65_HS1-834228961_62-HQ-83894_Section_6
Agency: FBI
Page 58
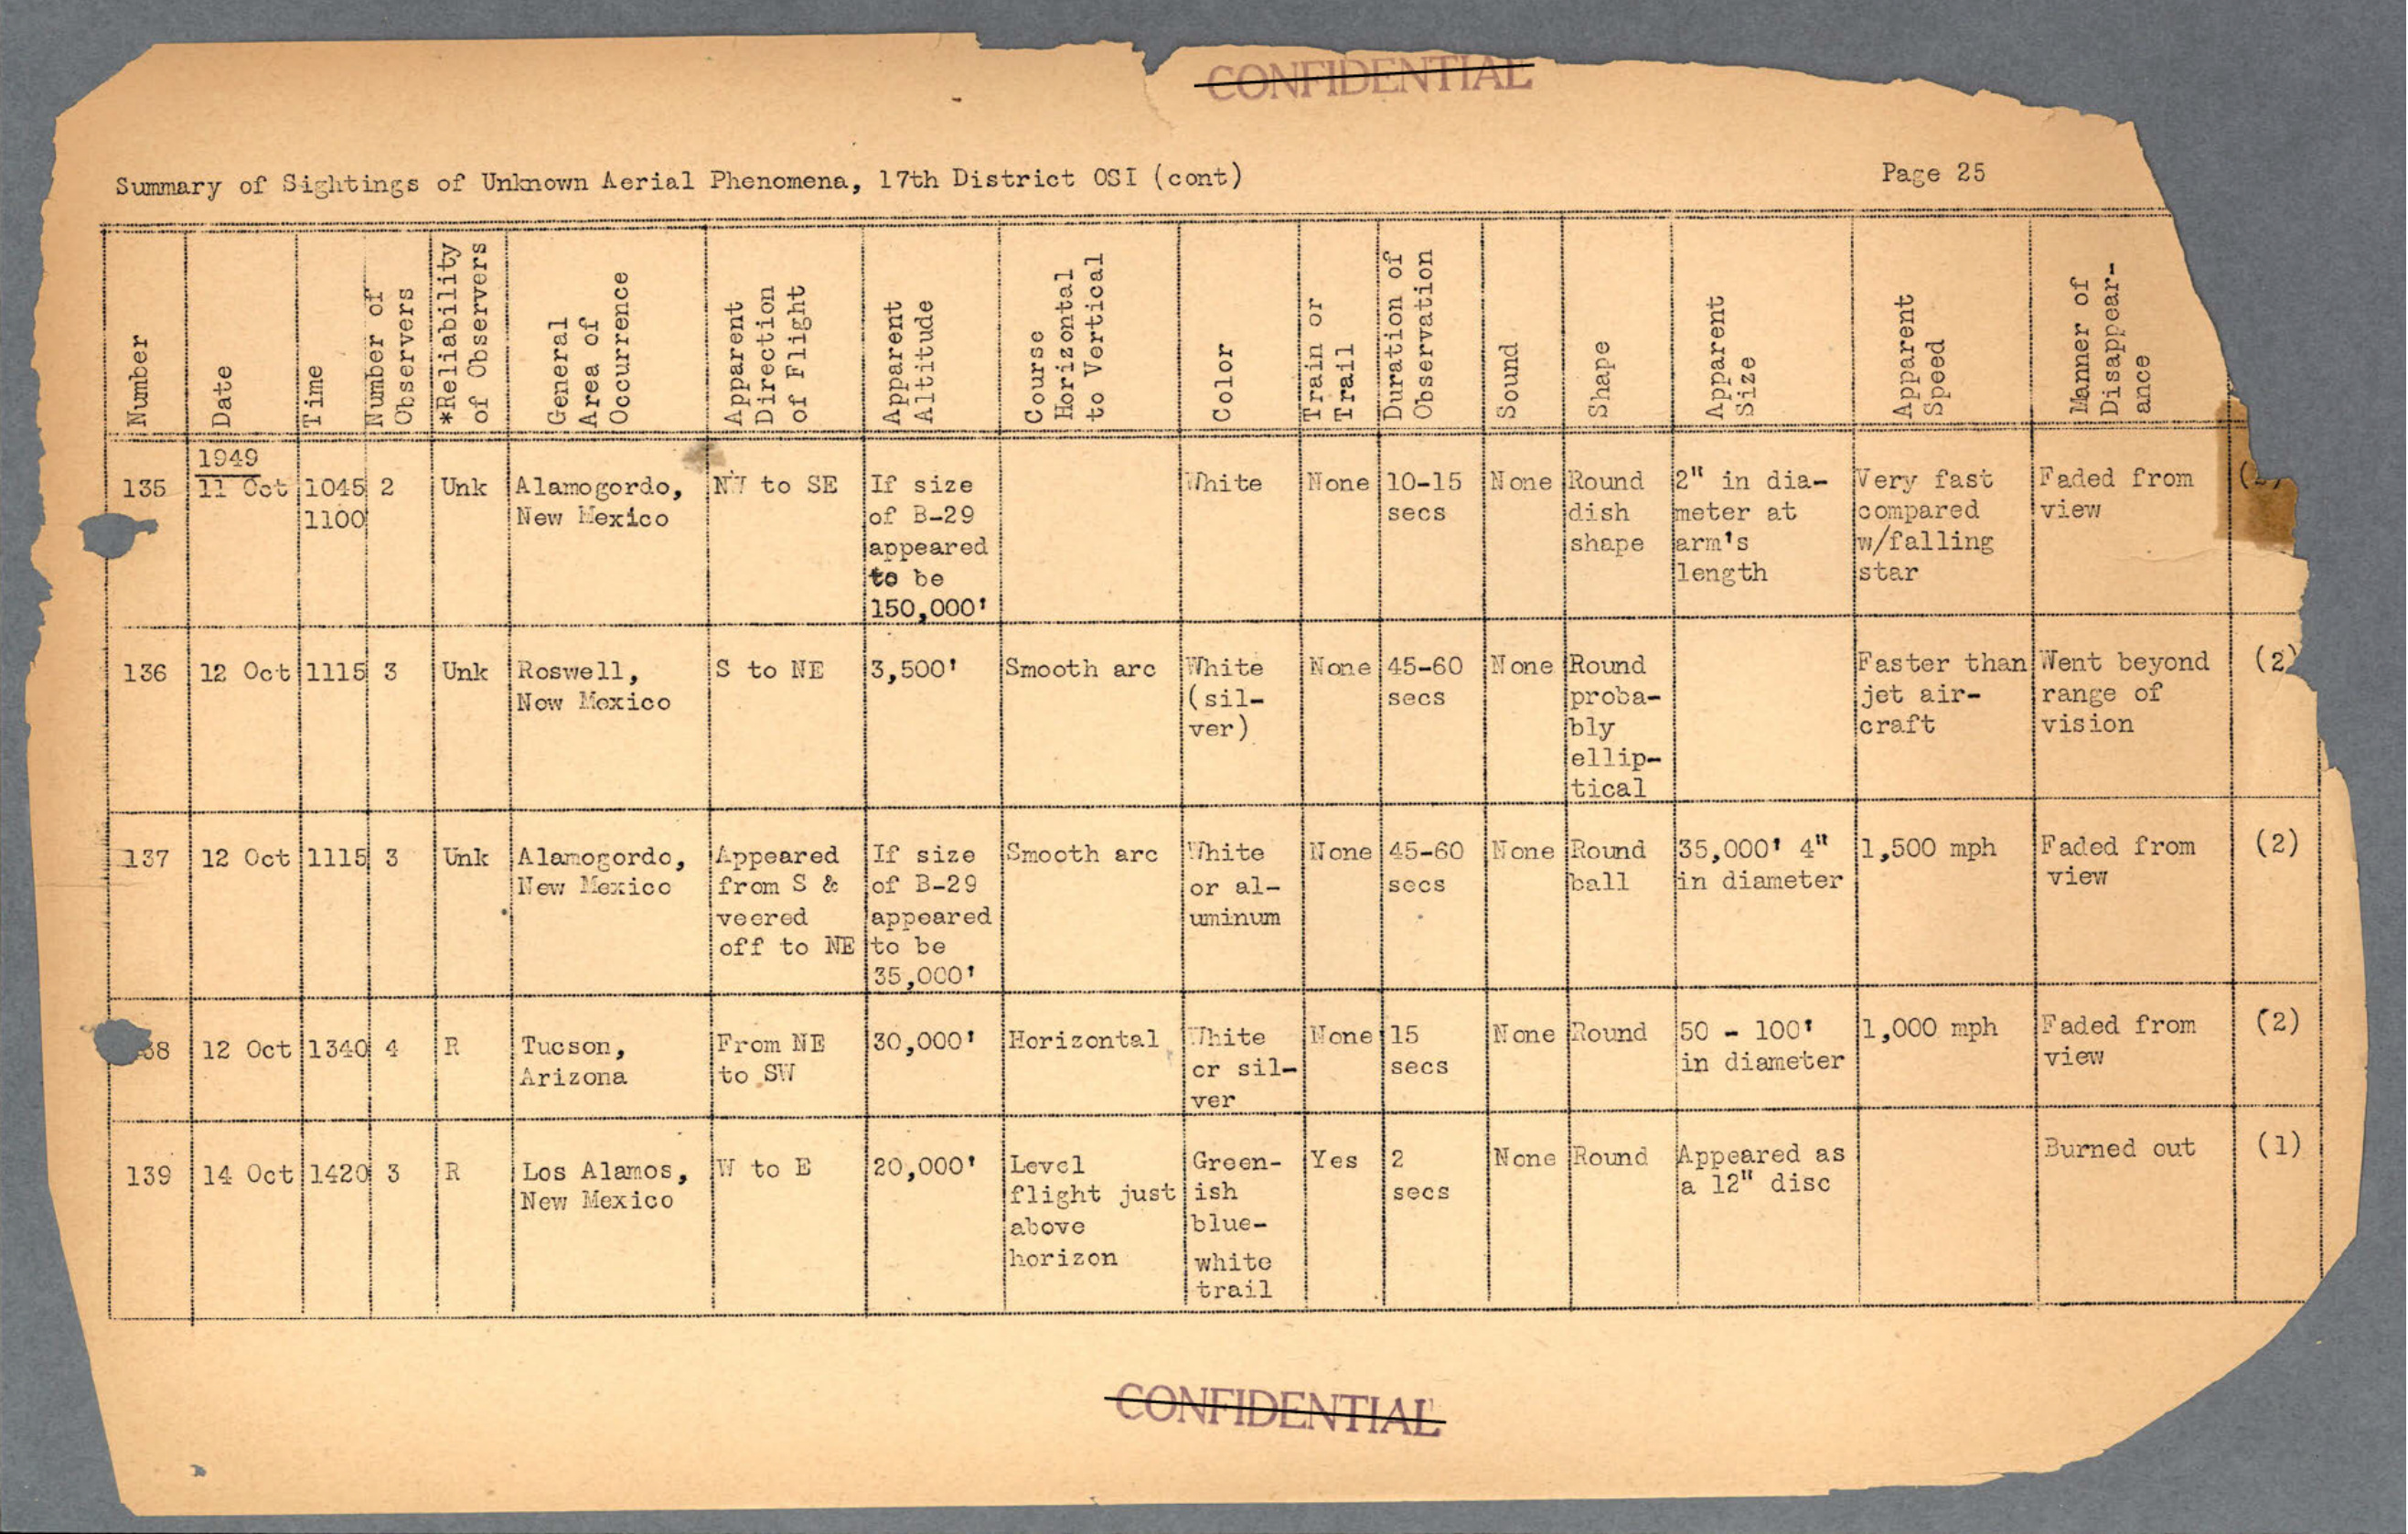